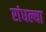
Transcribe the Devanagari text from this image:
रांधल्या